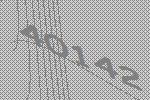
40142